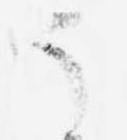
う